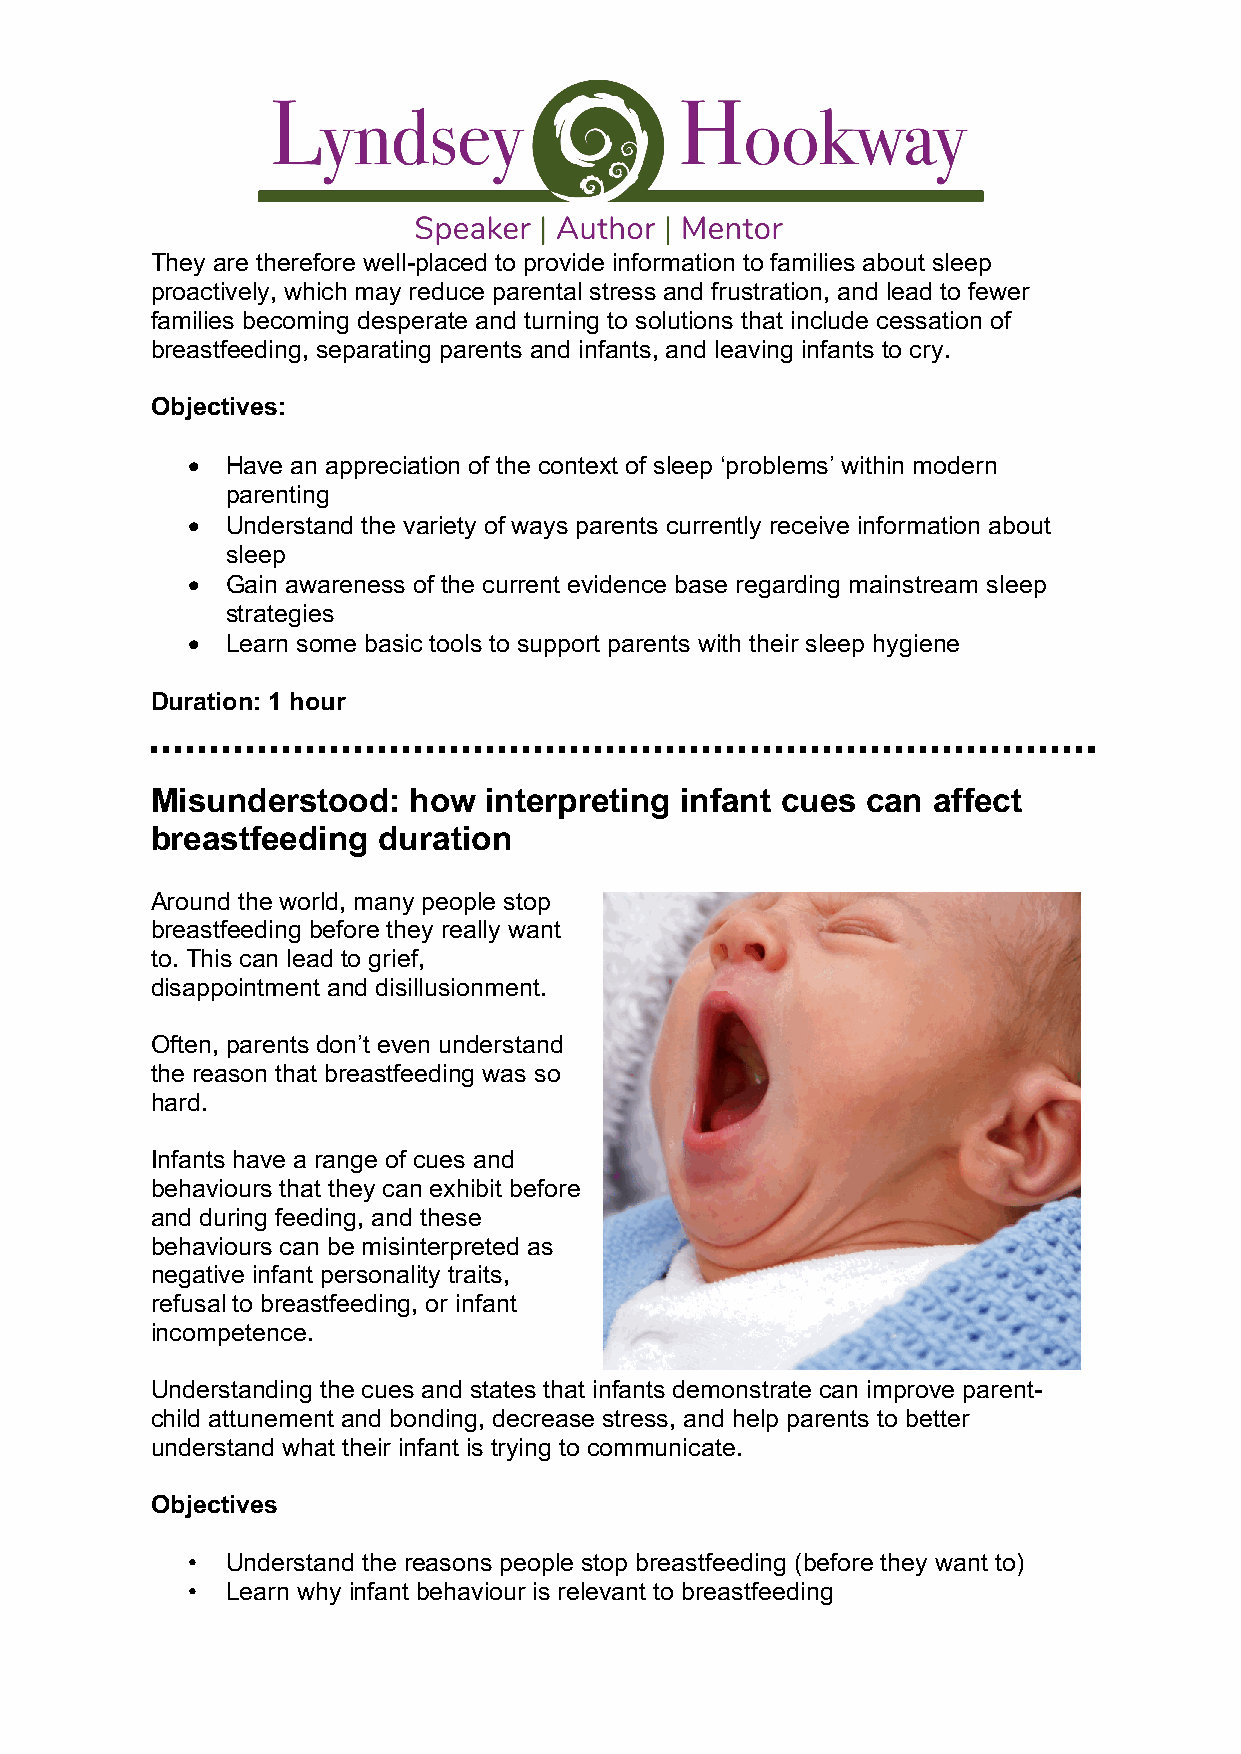
They are therefore well-placed to provide information to families about sleep
 proactively, which may reduce parental stress and frustration, and lead to fewer
 families becoming desperate and turning to solutions that include cessation of
 breastfeeding, separating parents and infants, and leaving infants to cry.
 Objectives:
 •  Have an appreciation of the context of sleep ‘problems’ within modern
 parenting
 •  Understand the variety of ways parents currently receive information about
 sleep
 •  Gain awareness of the current evidence base regarding mainstream sleep
 strategies
 •  Learn some basic tools to support parents with their sleep hygiene
 Duration: 1 hour
 Misunderstood:   how  interpreting infant cues can  affect
 breastfeeding  duration
 Around the world, many people stop
 breastfeeding before they really want
 to. This can lead to grief,
 disappointment and disillusionment.
 Often, parents don’t even understand
 the reason that breastfeeding was so
 hard.
 Infants have a range of cues and
 behaviours that they can exhibit before
 and during feeding, and these
 behaviours can be misinterpreted as
 negative infant personality traits,
 refusal to breastfeeding, or infant
 incompetence.
 Understanding the cues and states that infants demonstrate can improve parent-
 child attunement and bonding, decrease stress, and help parents to better
 understand what their infant is trying to communicate.
 Objectives
 •  Understand the reasons people stop breastfeeding (before they want to)
 •  Learn why infant behaviour is relevant to breastfeeding